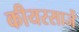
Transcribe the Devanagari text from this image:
कीयरसार्जे